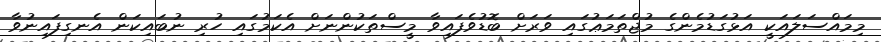
މިމައްސަލައަކީ އަޅުގަޑުމެންގެ މުޖްތަމަޢުގައި ވަރަށް ބޮޑުވެފައިވާ މީސްތަކުންނަށް އެކަމުގައި ހުރި ނުބައިކަން އެނގިފައިނުވާ